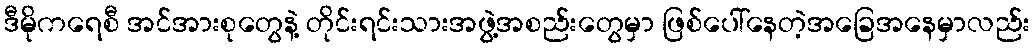
ဒီမိုကရေစီ အင်အားစုတွေနဲ့ တိုင်းရင်းသားအဖွဲ့အစည်းတွေမှာ ဖြစ်ပေါ်နေတဲ့အခြေအနေမှာလည်း